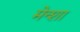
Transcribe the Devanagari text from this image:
मेन्शा